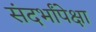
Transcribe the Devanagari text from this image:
संदर्भांपेक्षा